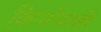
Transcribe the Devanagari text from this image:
किनारेवाली